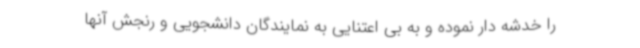
را خدشه دار نموده و به بی اعتنایی به نمایندگان دانشجویی و رنجش آنها